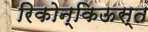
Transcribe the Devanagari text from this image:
रिकोन्किऊस्त